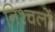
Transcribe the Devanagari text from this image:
निश्चलों